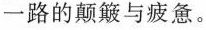
一路的颠簸与疲惫。